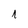
Character: 1